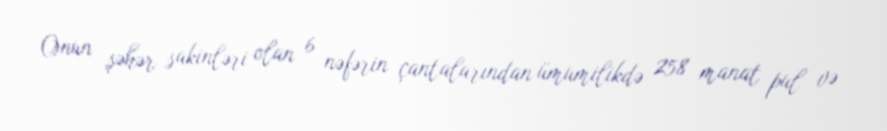
Onun şəhər sakinləri olan 6 nəfərin çantalarından ümumilikdə 258 manat pul və